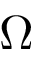
\Omega